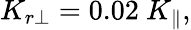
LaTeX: K_{r\perp}=0.02~K_{\parallel},